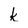
Character: k